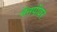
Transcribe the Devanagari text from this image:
मैनपॉवर